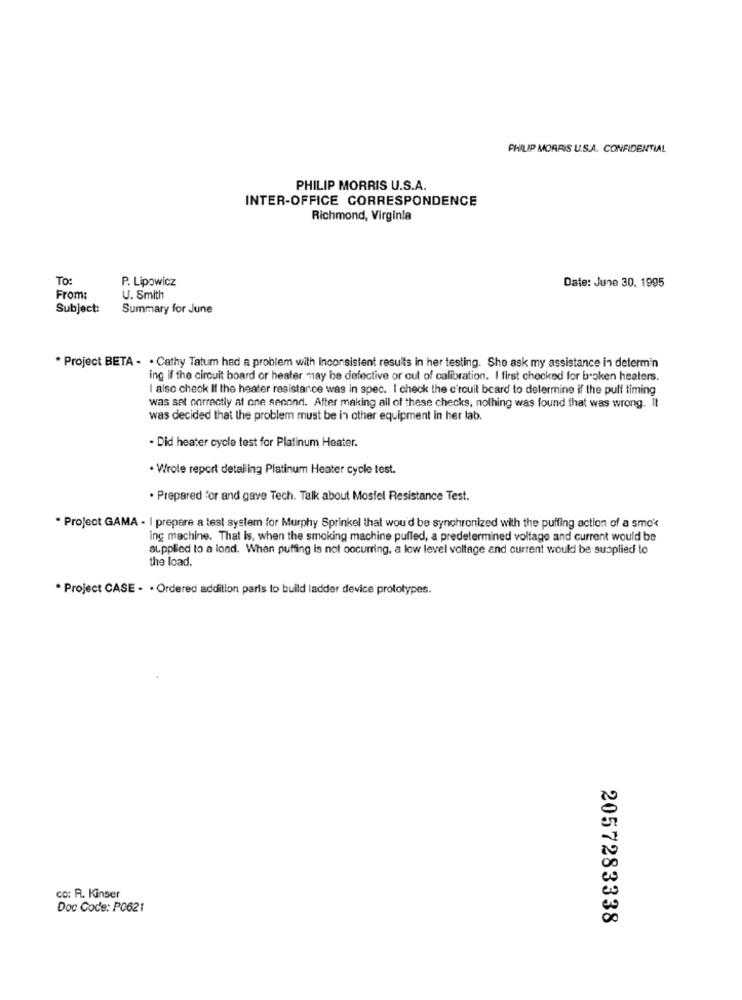
PHILIP MORRIS U.S.A. CONFIDENTIAL
PHILIP MORRIS U.S.A.
INTER-OFFICE CORRESPONDENCE
Richmond, Virginia
To:
P. Lipowicz
Date: June 30. 1995
From:
U. Smith
Subject:
Summary for June
* Project BETA - . Cathy Tatum had a problem with Inconsistent results in her testing. She ask my assistance in determin
ing if the circuit board or heater may be defective or out of calibration. I first checked for boken heaters.
I also check If the heater resistance was in spec. I check the c'rouil bcard to determine if the puff timing
was set correctly at one second. After making all of these checks, nothing was found that was wrong. It
was decided that the problem must be in other equipment in her lab.
- Did heater cycle test for Platinum Heater.
· Wrote report detailing Platinum Heater cycle test.
· Prepared for and gave Tech. Talk about Mosfel Resistance Test.
. Project GAMA - I prepare a test system for Murphy Sprinkel that wou'd be synchronized with the puffing action of a smo'
ing machine. That is, when the smoking machine pulled, a predetermined voltage and current would be
supplied to a load. When puffing is not occurring, a low level voltage and current would be supplied to
the load.
. Project CASE - . Ordered addition paris to build ladder device prototypes.
co: R. Kinser
Doc Code: P0621
2057283338